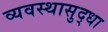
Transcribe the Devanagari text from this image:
व्यवस्थासुद्धा